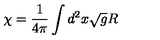
\chi = \frac { 1 } { 4 \pi } \int d ^ { 2 } x \sqrt { g } R